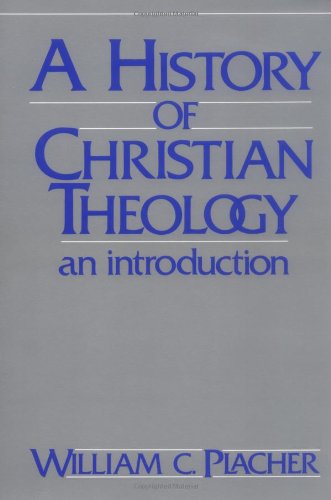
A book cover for A History of Christian Theology: An Introduction; William C. Placher; Christian Books & Bibles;